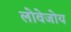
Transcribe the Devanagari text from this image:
लोवेजोय